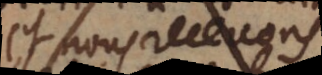
et nous recevons